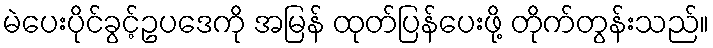
မဲပေးပိုင်ခွင့်ဥပဒေကို အမြန် ထုတ်ပြန်ပေးဖို့ တိုက်တွန်းသည်။